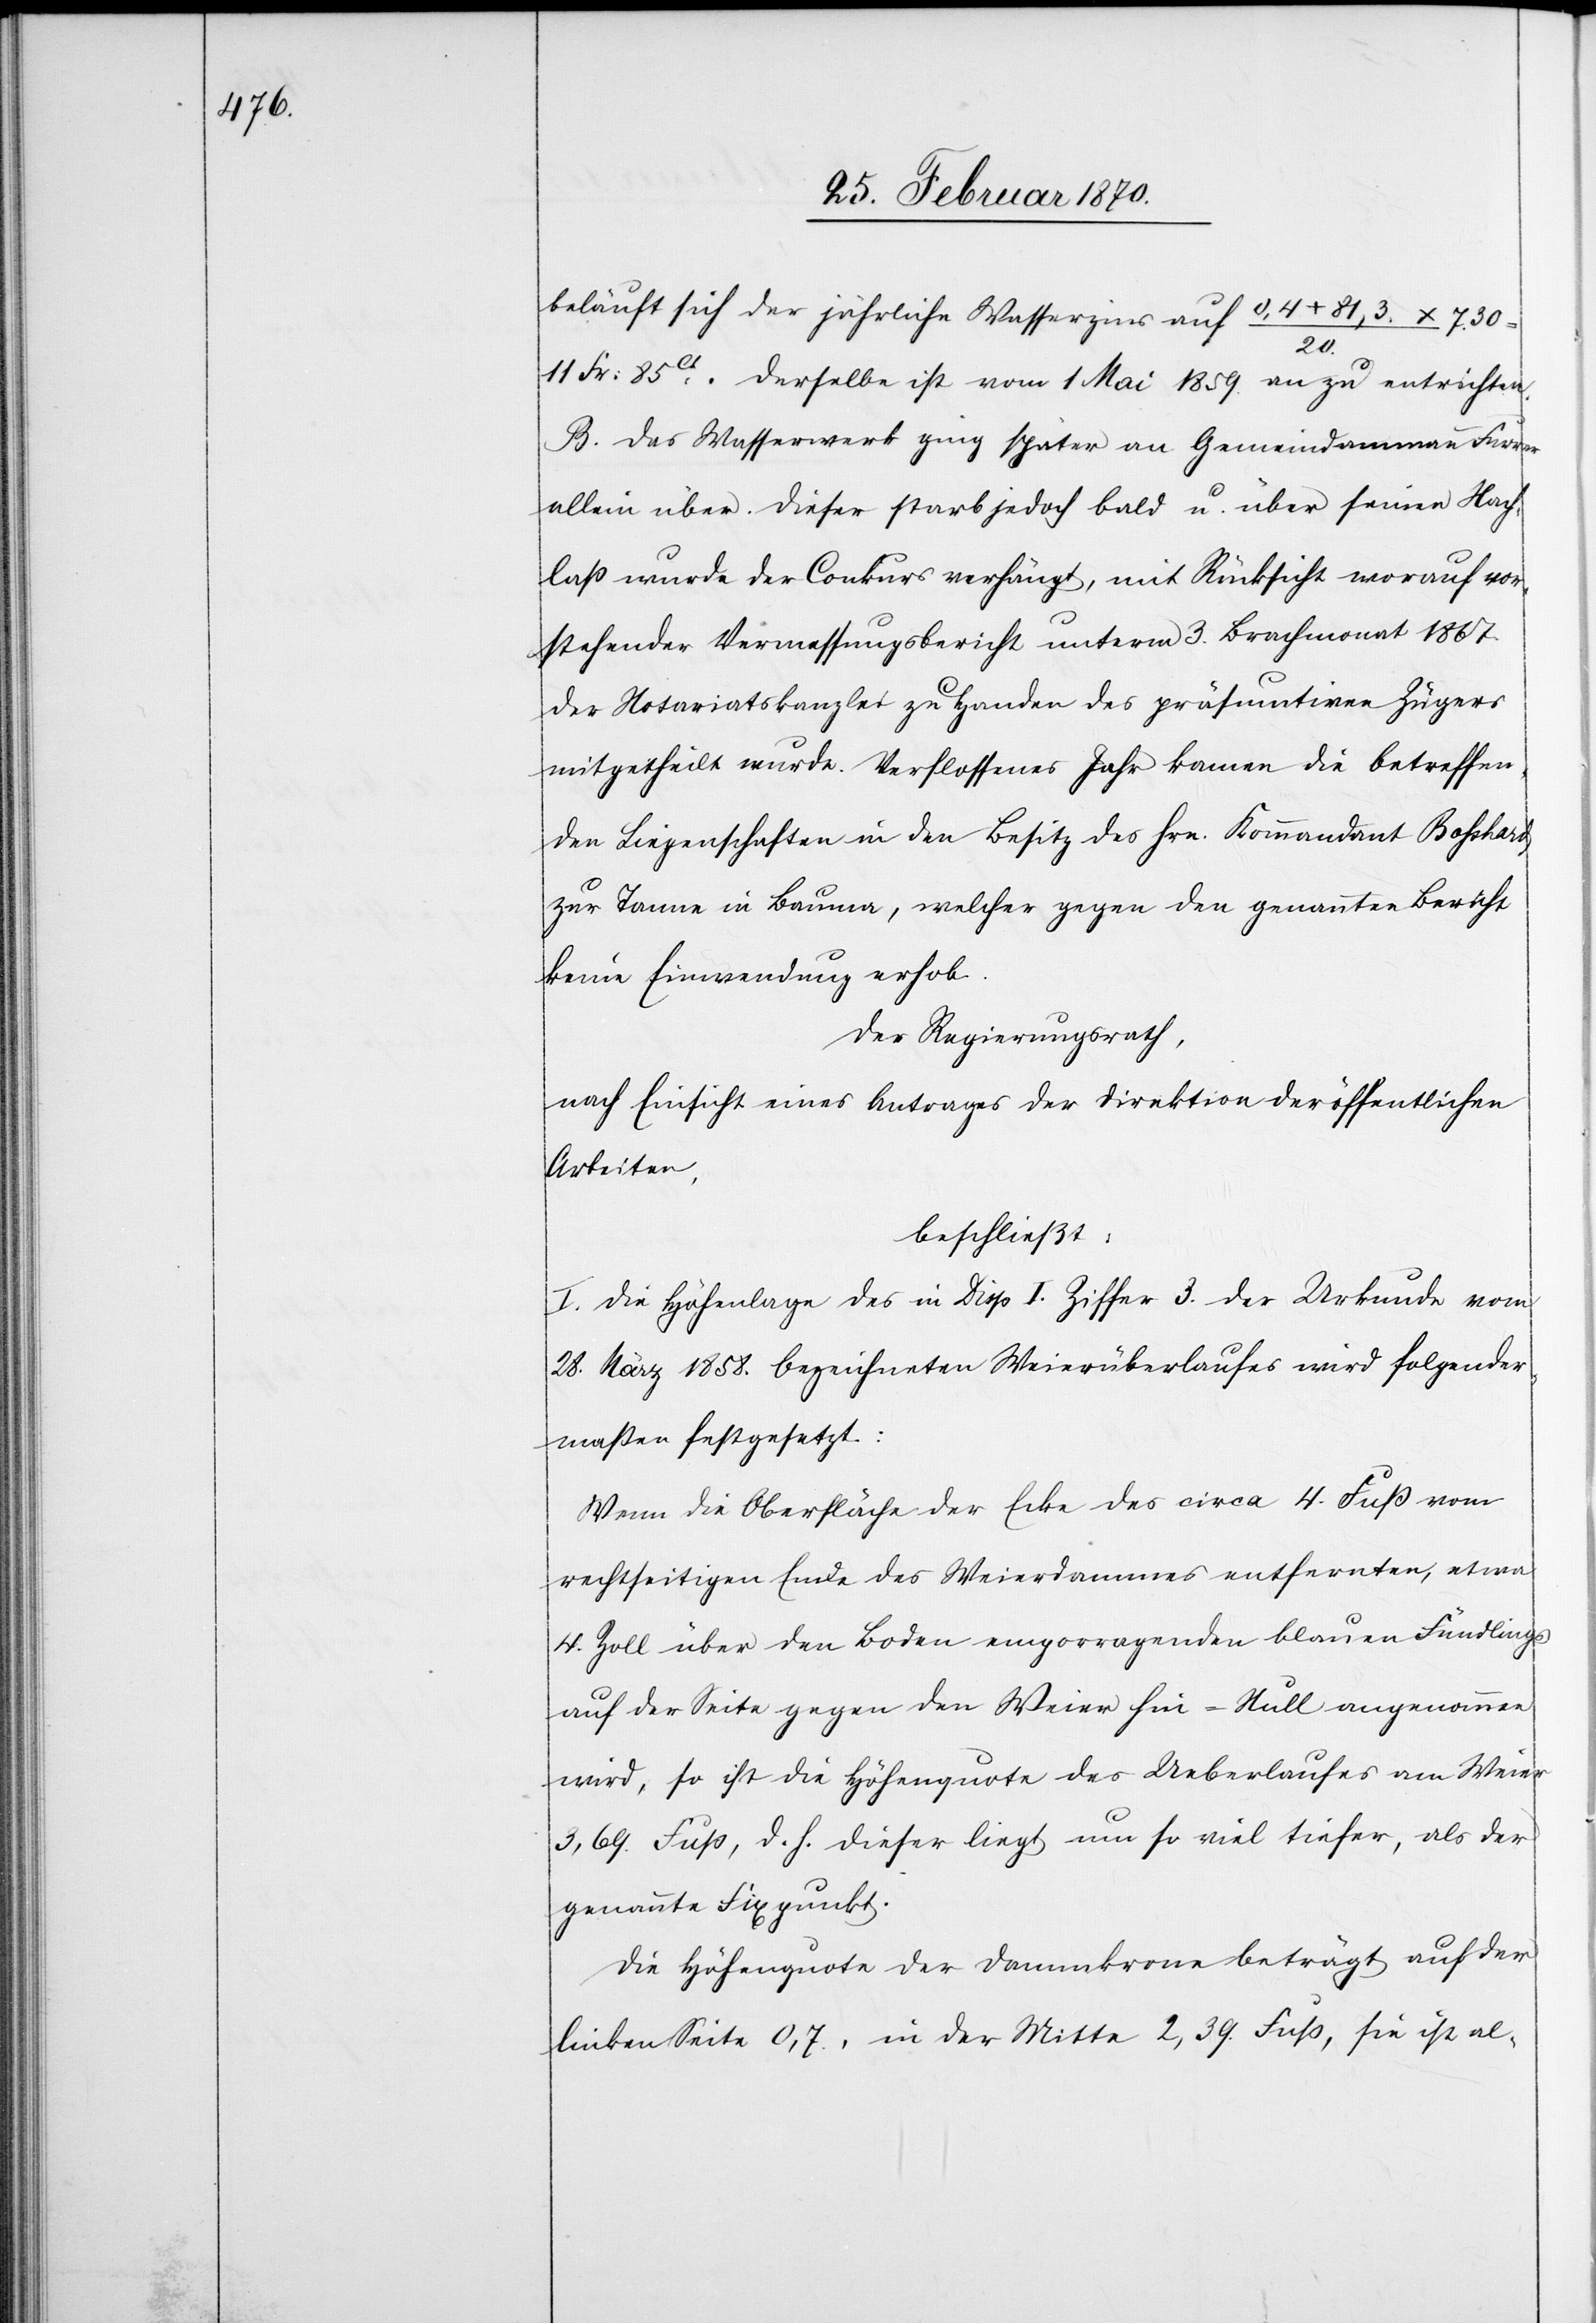
beläuft sich der jährliche Wasserzins auf 0,4 + 81,3
20.
11 Fr: 85ct. Derselbe ist vom 1 Mai 1859 an zu entrichten.
B. Das Wasserwerk ging später an Gemeindammann Furrer
allein über. Dieser starb jedoch bald u. über seinen Nach¬
laß wurde der Conkurs verfügt, mit Rücksicht worauf vor¬
stehender Vermessungsbericht unterm 3. Brachmonat 1867
der Notariatskanzlei zu Handen des präsumtiven Zügers
mitgetheilt wurde. Verflossenes Jahr kamen die betreffen¬
den Liegenschaften in den Besitz des Hrn. Kommandant Bosshard
zur Tanne in Bauma, welcher gegen den genannten Bericht
keine Einwendung erhob.
Der Regierungsrath,
nach Einsicht eines Antrages der Direktion der öffentlichen
Arbeiten,
beschließt:
I. Die Höhenlage des in Disp. I. Ziffer 3. der Urkunde vom
28. März 1858. bezeichneten Weierüberlaufes wird folgender¬
maßen festgesetzt:
Wenn die Oberfläche der Ecke des circa 4. Fuß vom
rechtseitigen Ende des Weierdammes entfernten, etwa
4. Zoll über den Boden emporragenden blauen Fündlings
auf der Seite gegen den Weier für – Null angenommen
wird, so ist die Höhenquote des Ueberlaufes am Weier
3,69 Fuß, d. h. dieser liegt um so viel tiefer, als der
genannte Fixpunkt.
Die Höhenquote der Dammkrone beträgt auf der
linken Seite 0,7., in der Mitte 2,39. Fuß, sie ist al-